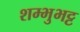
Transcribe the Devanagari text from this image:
शम्भुभट्ट